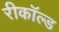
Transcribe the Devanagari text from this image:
रीकॉल्ड